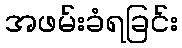
အဖမ်းခံရခြင်း